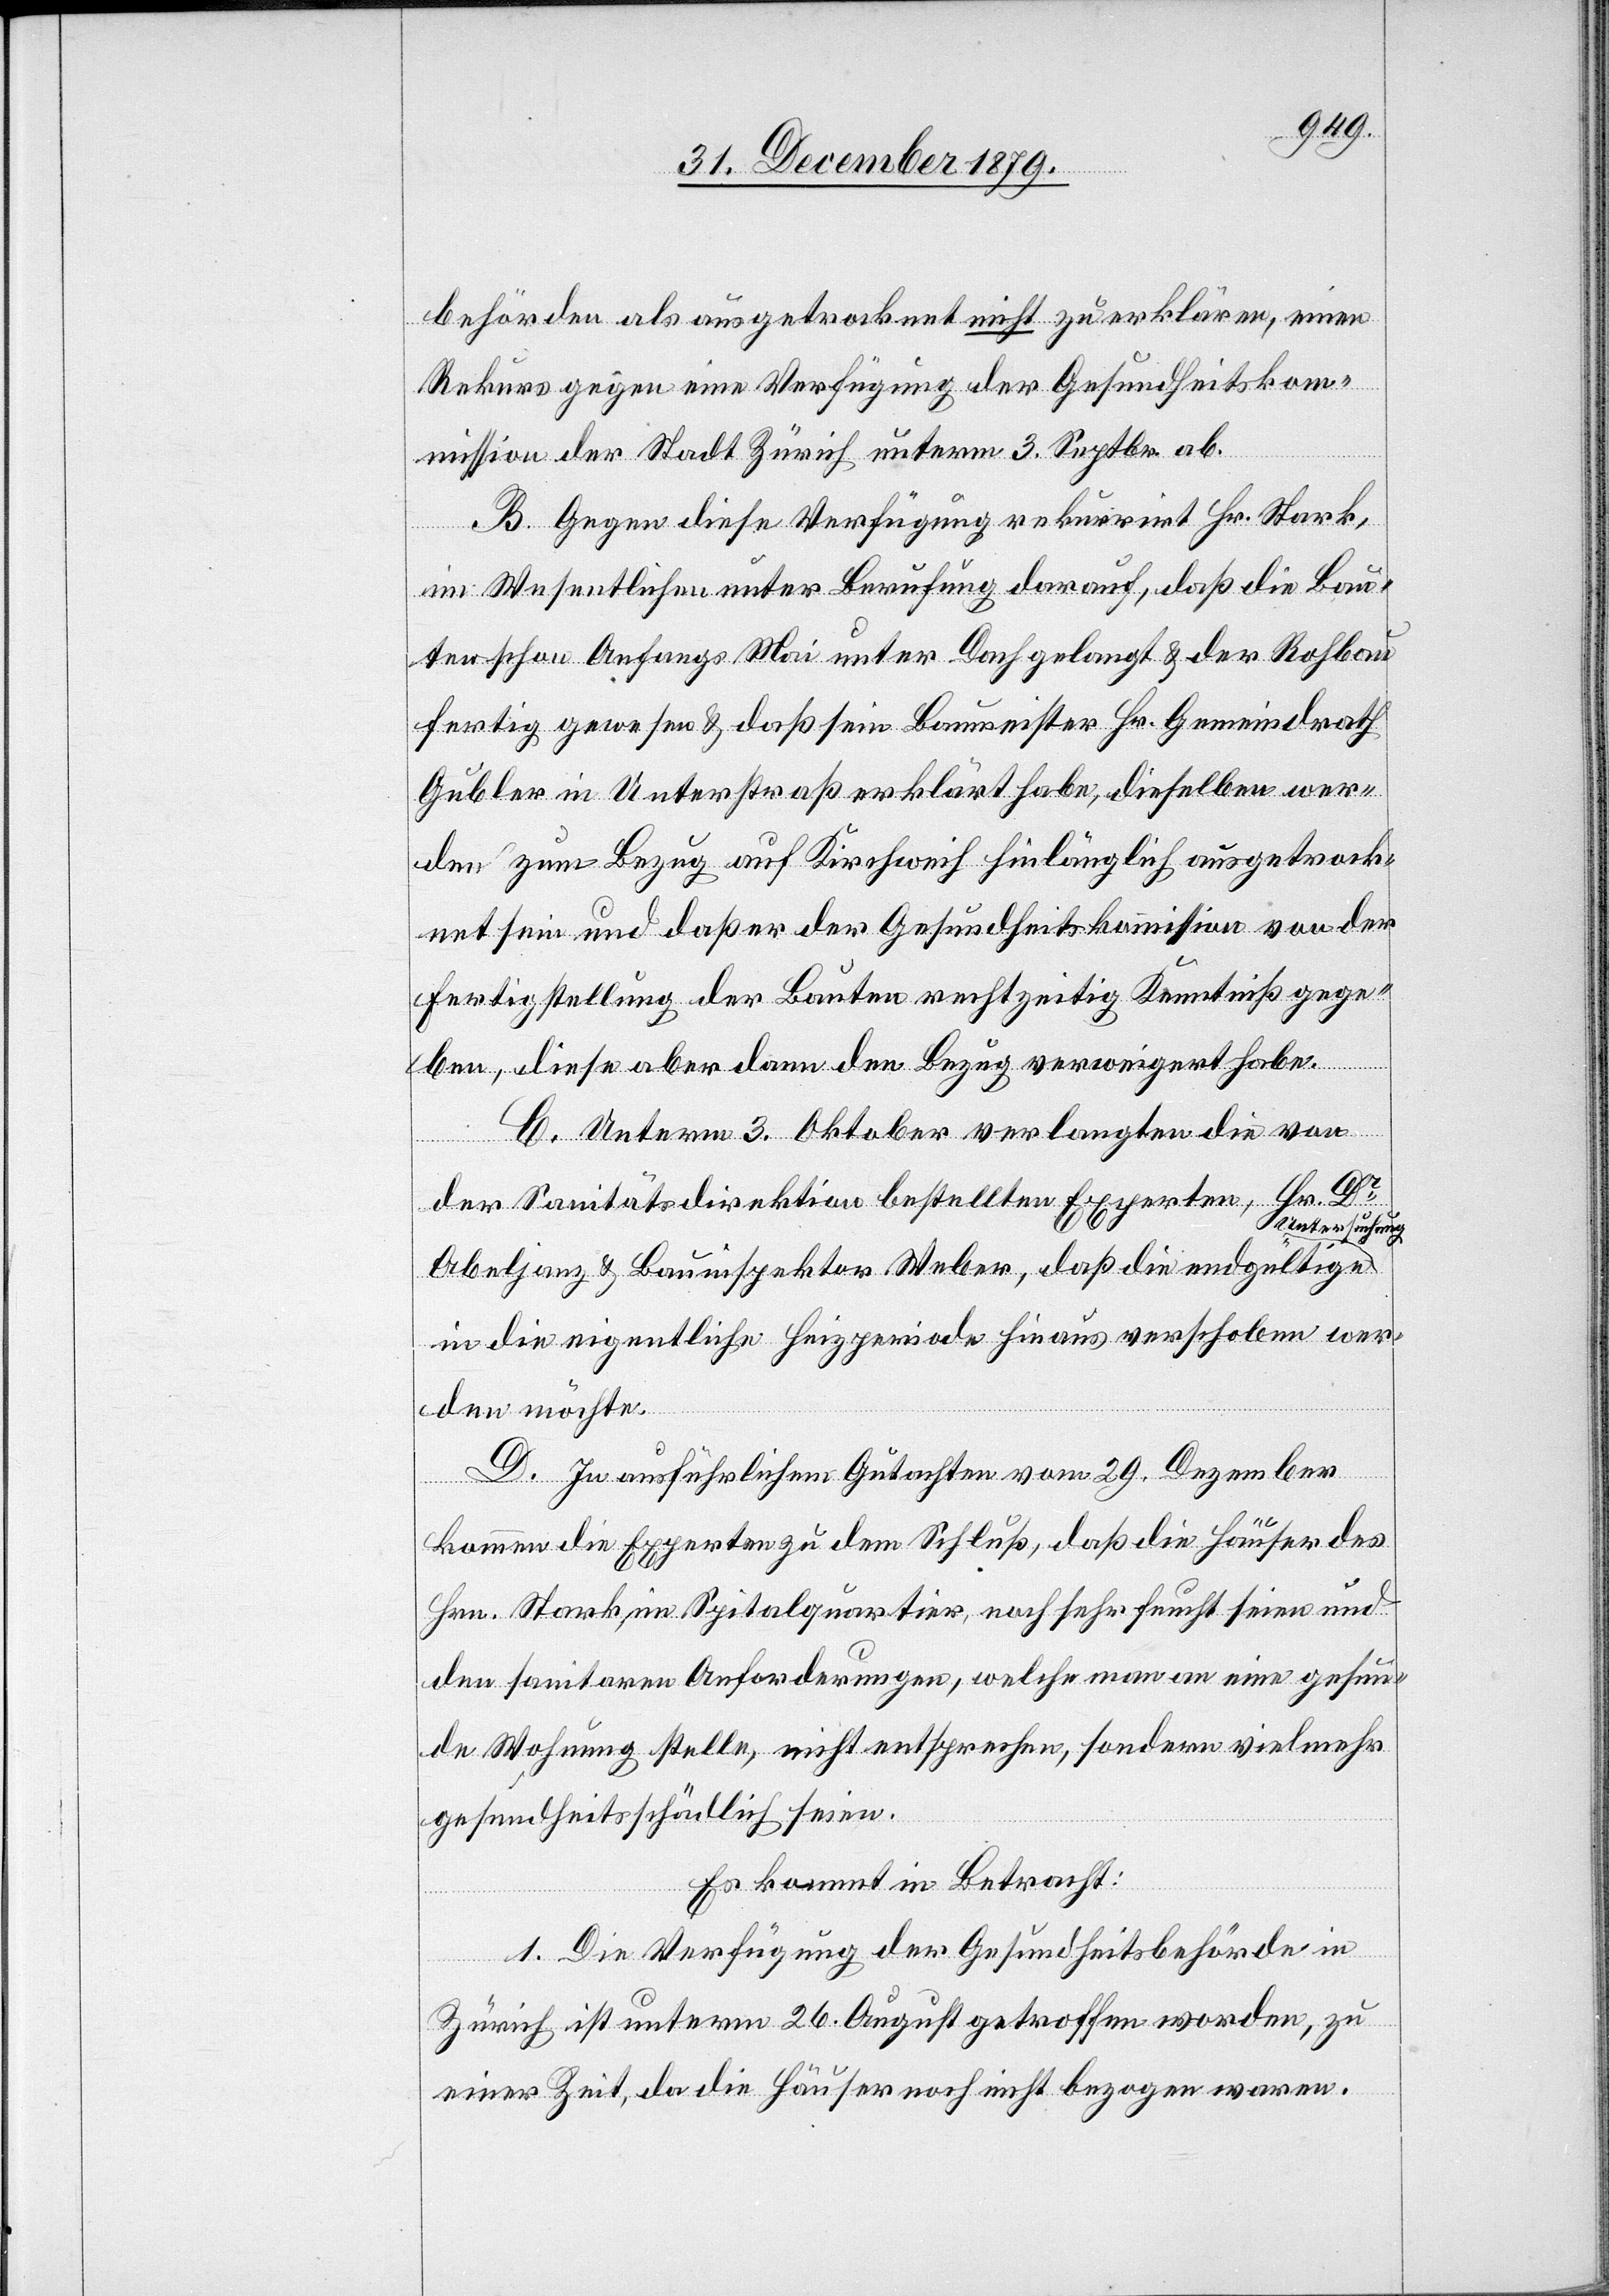
behörden als ausgetrocknet nicht zu erklären, einen
Rekurs gegen eine Verfügung der Gesundheitsko¬
mmission der Stadt Zürich unterm 3. Septbr. ab.
B. Gegen diese Verfügung rekurrirt Hr. Stark,
im Wesentlichen unter Berufung darauf, daß die Bau¬
ten schon Anfangs Mai unter Dach gelangt & der Rohbau
fertig gewesen & daß sein Baumeister Hr. Gemeindrath
Gubler in Unterstraß erklärt habe, dieselben wer¬
den zum Bezug auf Kirchweih hinlänglich ausgetrock¬
net sein und daher der Gesundheitskommission von der
Fertigstellung der Bauten rechtzeitig Kenntniß gege¬
ben, diese aber dann den Bezug verweigert habe.
C. Unterm 3. Oktober verlangten die von
der Sanitätsdirektion bestellten Experten, Hr. Dr.
Untersuchung
Abeljanz & Bauinspektor Weber, daß die endgültige
in die eigentliche Heizperiode hinaus verschoben wer¬
den möchte.
D. In ausführlichem Gutachten vom 29. Dezember
kommen die Experten zu dem Schluß, daß die Häuser des
Hrn. Stark, im Spitalquartier, noch sehr feucht seien und
den sanitaren Anforderungen, welche man an eine gesun¬
de Wohnung stelle, nicht entsprechen, sondern vielmehr
gesundheitsschädlich seien.
Es kommt in Betracht:
1. Die Verfügung der Gesundheitsbehörde in
Zürich ist unterm 26. August getroffen worden, zu
einer Zeit, da die Häuser noch nicht bezogen waren.